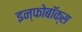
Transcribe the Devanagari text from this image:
इन्फोबॉक्स